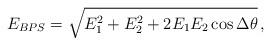
LaTeX: \begin{align*}E_{BPS}=\sqrt{E_1^2+E_2^2+2E_1E_2\cos\Delta\theta}\,,\end{align*}